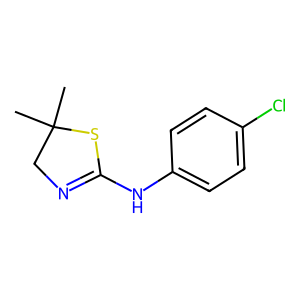
SMILES: CC1(C)CN=C(Nc2ccc(Cl)cc2)S1
Inhibits HIV replication: No